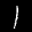
Label: 1